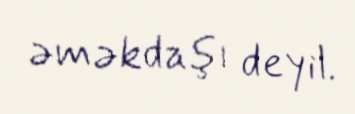
əməkdaşı deyil.